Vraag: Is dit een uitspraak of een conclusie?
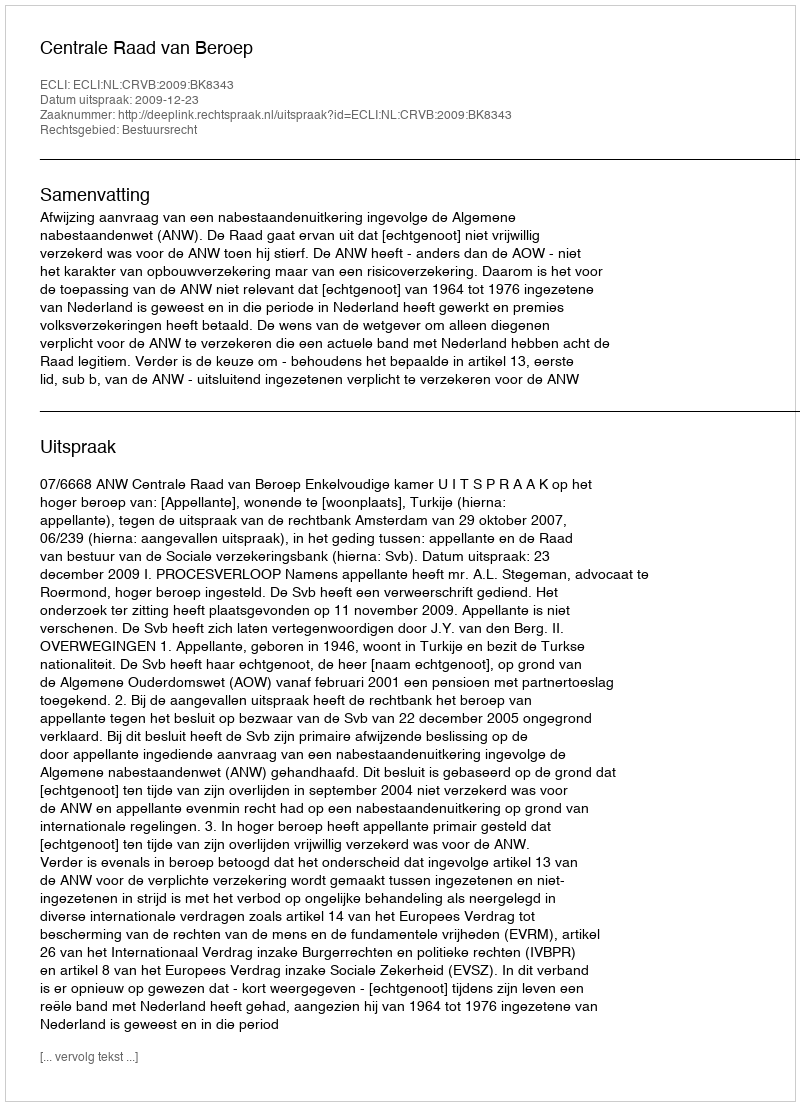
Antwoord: Uitspraak